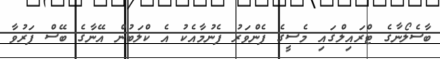
ބާސެލޯނާގެ ޓްރައިލްގައި މެސީގެ ފެންވަރު ފެނުމާއެކު އެ ކްލަބުން އޭނާގެ ބޭސް ފަރުވާ